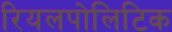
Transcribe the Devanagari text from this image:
रियलपोलिटिक